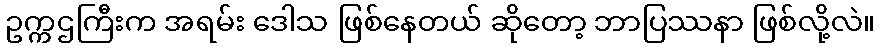
ဥက္ကဌကြီးက အရမ်း ဒေါသ ဖြစ်နေတယ် ဆိုတော့ ဘာပြဿနာ ဖြစ်လို့လဲ။